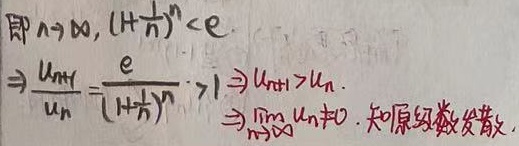
即当$n\to \infty$时，$(1 + \frac{1}{n})^{n}<e$。由此可得：
\(\frac{u_{n + 1}}{u_{n}}=\frac{e}{(1 + \frac{1}{n})^{n}}> 1\)，进而推出\(u_{n + 1}>u_{n}\) ，所以\(\lim_{n \to \infty}u_{n}\neq0\) ，可知原级数发散。